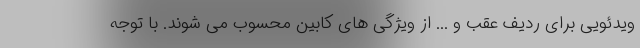
ویدئویی برای ردیف عقب و ... از ویژگی های کابین محسوب می شوند. با توجه